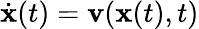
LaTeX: \dot{\mathbf{x}}(t)=\mathbf{v}(\mathbf{x}(t),t)